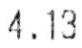
4.13